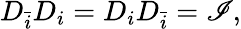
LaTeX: D_{\bar{i}}D_{i}=D_{i}D_{\bar{i}}=\mathscr{I},